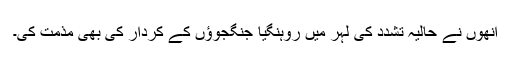
انھوں نے حالیہ تشدد کی لہر میں روہنگیا جنگجوؤں کے کردار کی بھی مذمت کی۔